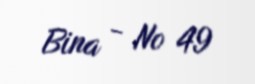
Bina - № 49